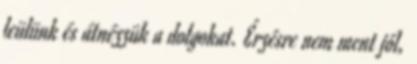
leülünk és átnézzük a dolgokat. Érzésre nem ment jól,